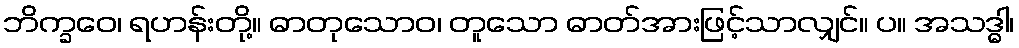
ဘိက္ခဝေ၊ ရဟန်းတို့။ ဓာတုသောဝ၊ တူသော ဓာတ်အားဖြင့်သာလျှင်။ ပ။ အသဒ္ဓါ၊